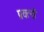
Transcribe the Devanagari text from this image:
प्रयत्‍नों